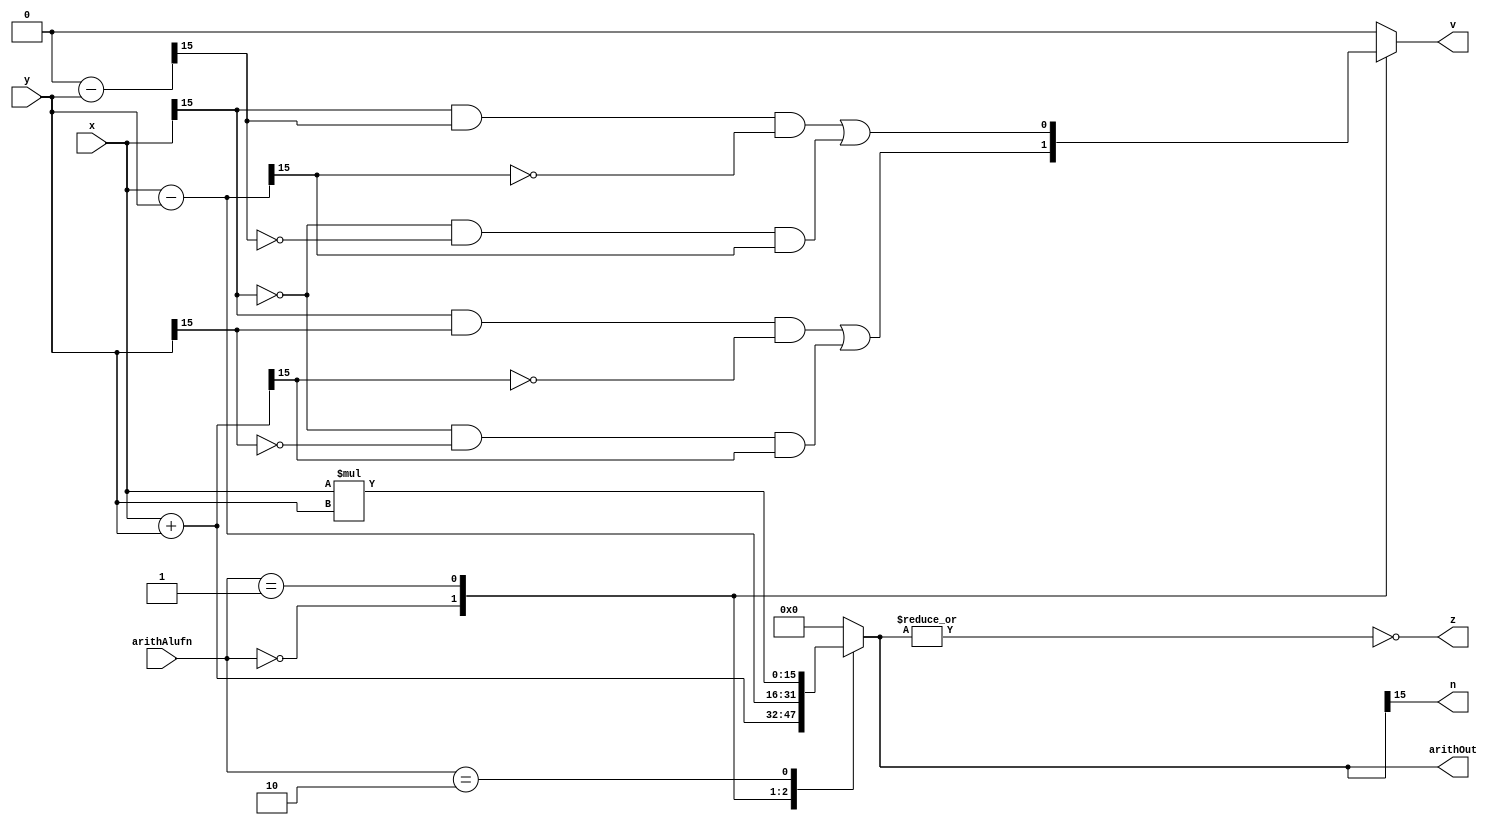
module arith_16_12 (
    input [15:0] x,
    input [15:0] y,
    input [1:0] arithAlufn,
    output reg [15:0] arithOut,
    output reg z,
    output reg v,
    output reg n
  );
  
  
  
  reg [15:0] temp;
  
  reg [15:0] xb;
  
  always @* begin
    
    case (arithAlufn)
      2'h0: begin
        temp = $signed(x) + $signed(y);
        xb = y;
        v = ((x[15+0-:1] & y[15+0-:1] & (~temp[15+0-:1])) | ((~x[15+0-:1]) & (~y[15+0-:1]) & temp[15+0-:1]));
      end
      2'h1: begin
        temp = $signed(x) - $signed(y);
        xb = 1'h0 - y;
        v = ((x[15+0-:1] & xb[15+0-:1] & (~temp[15+0-:1])) | ((~x[15+0-:1]) & (~xb[15+0-:1]) & temp[15+0-:1]));
      end
      2'h2: begin
        temp = x * y;
        v = 1'h0;
      end
      default: begin
        temp = 16'h0000;
        v = 1'h0;
      end
    endcase
    n = temp[15+0-:1];
    z = ~(|temp);
    arithOut = temp;
  end
endmodule